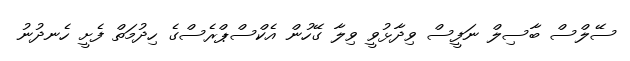
ސޭލްސް ބާސިލް ނަފީސް ވިދާޅުވީ ވިލާ ގޭހުން އެކްސްޕްރެސްގެ ހިދުމަތް ފެށީ ހެނދުނު